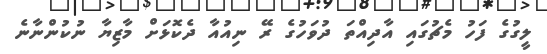
ލީގުގެ ފަހު މެޗުގައި އާދިއްތަ ދުވަހުގެ ރޭ ނިއުއާ ދެކޮޅަށް މާޒިޔާ ނުކުންނާނެ